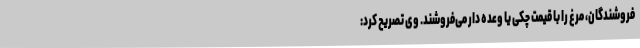
فروشندگان، مرغ را با قیمت چکی یا وعده دار می‌فروشند. وی تصریح کرد: